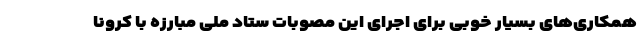
همکاری‌های بسیار خوبی برای اجرای این مصوبات ستاد ملی مبارزه با کرونا